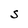
Character: S